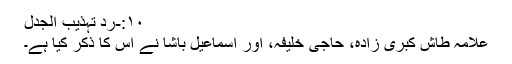
۱۰:-ردّ تہذیب الجدل
علامہ طاش کبری زادہؒ، حاجی خلیفہؒ، اور اسماعیل باشاؒ نے اس کا ذکر کیا ہے۔